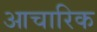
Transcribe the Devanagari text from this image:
आचारिक